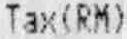
TAX(RM)